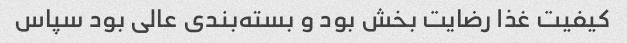
کیفیت غذا رضایت بخش بود و بسته‌بندی عالی بود سپاس